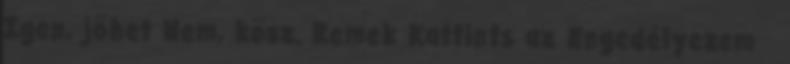
Igen, jöhet Nem, kösz. Remek Kattints az Engedélyezem